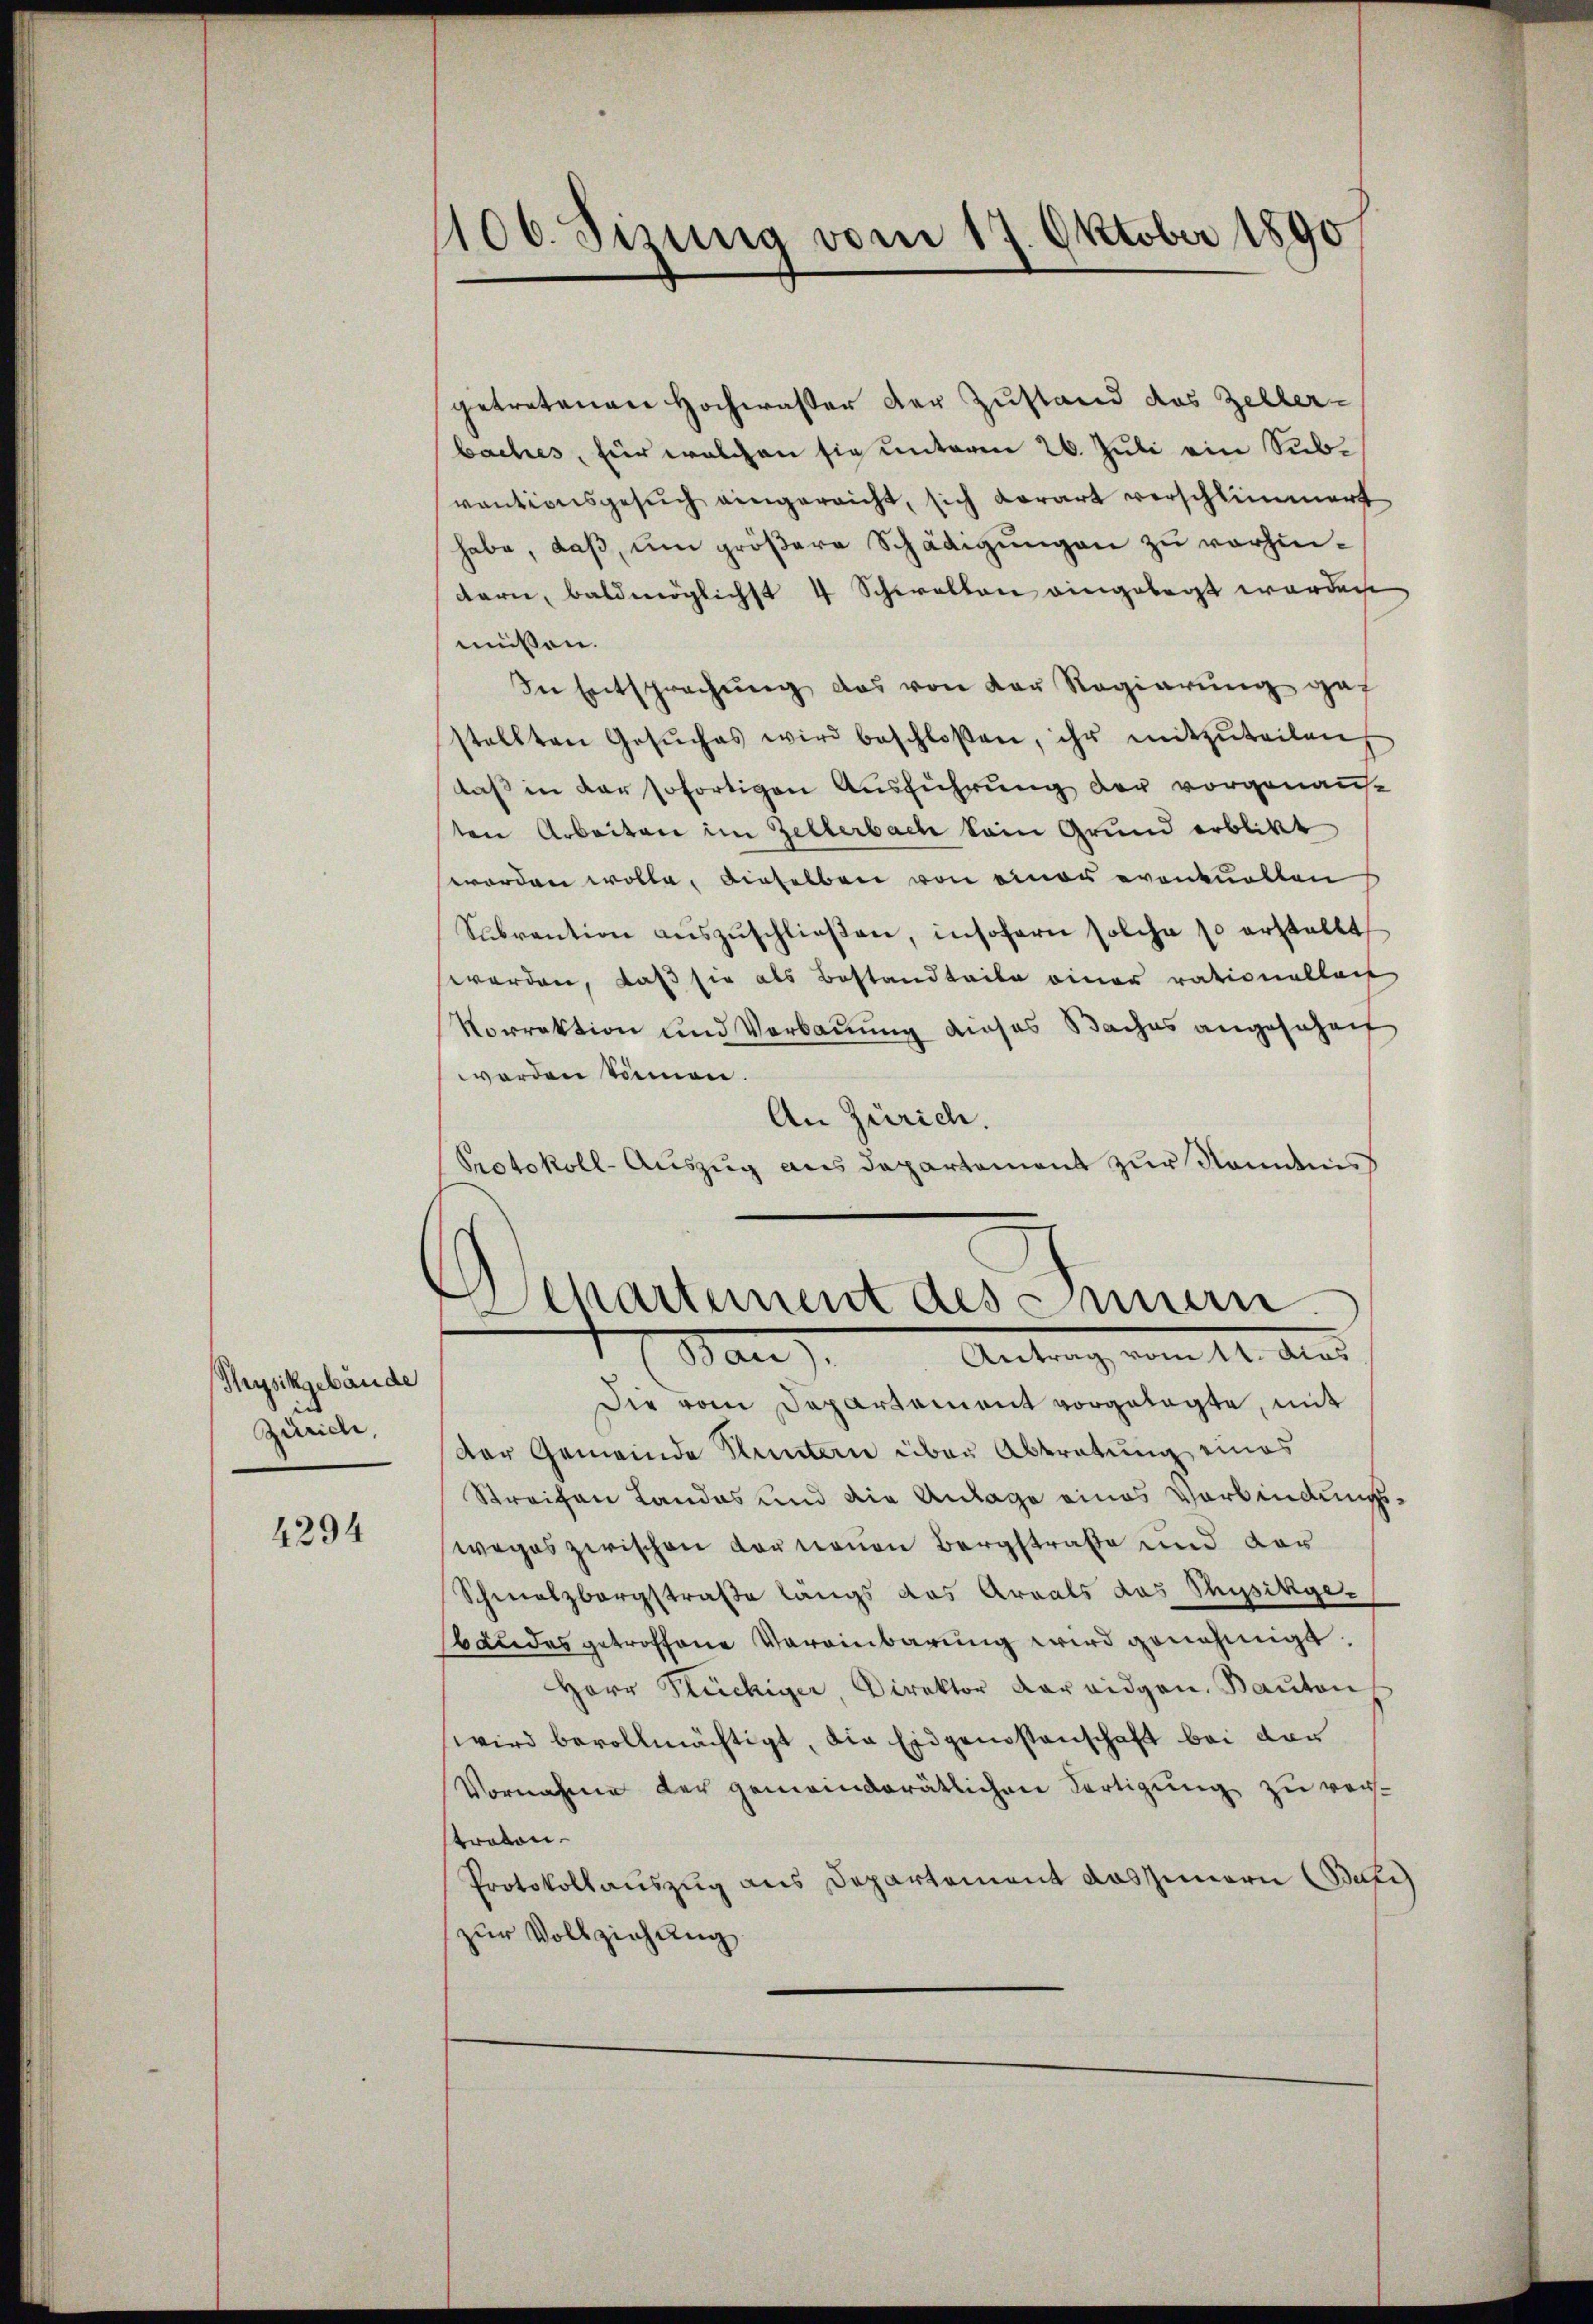
Thysikgebäude
Zürich,

4294

106. Sizung vom 17. Oktober 1890

getretenen Hochwaßer der Zustand das Zellerbaches, für welchen sie unterm 26. Juli ein Subvantionsgesŭch eingereicht, sich derart verschlimmert
habe, daß, um größere Schädigungen zu vorhindern, baldmöglichst 4 Schwalten eingelegt worden
müssen.
In Entsprechung das von der Regierung gef
stellten Gesŭches wird beschloßen, ihr mitzŭteilen
daß in der sofortigen Ausführung der vorgenannten Arbeiten im Zellerbach kein Grund erblikt
worden wolle, dieselben von einer eventuellen
Sebrantion aŭszŭschließen, insofern solche so erstellt
werden, daß sie als Bestandteile einer rationallais
Vorrektion und Verbauung dieses Baches angesehent
worden können.
An Zürich.
Protokoll-Auszug aus Departement zur Kenntnis

Departement des Innern.
Antrag vom 11. das
Man)

Die vom Departement vorgelegte, mit
Der Gemeinde Fluntern über Abtretung eines
Streifen Landos und die Antrage eines Verbindungsweges zwischen vornenen Bergstrafe und vor¬
Schmalzbergstraße längs das Areals das Physikgesbäudes getroffene Vereinbarung wird genehmigt.
Herr Stückiger, Direktor der eidgen. Bauten
wird bevollmächtigt, die Eidgenossenschaft bei dar
Vornahme der gemeinderätlichen Fertigung zu verstroton.
Protokollauszug aus Departement das Innern Befi
zur Vollziehung